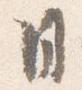
日